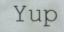
Yup